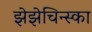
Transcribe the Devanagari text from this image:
झेझेचिन्स्का